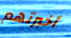
أخبرتهم